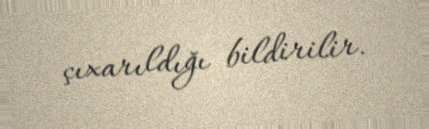
çıxarıldığı bildirilir.